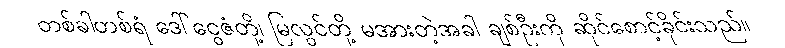
တစ်ခါတစ်ရံ ဒေါ်ငွေဇံတို့၊ မြလွင်တို့ မအားတဲ့အခါ ချစ်ဦးကို ဆိုင်စောင့်ခိုင်းသည်။